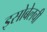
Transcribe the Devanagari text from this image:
इसोबेलची